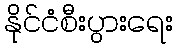
နိုင်ငံစီးပွားရေး